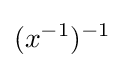
(x^{-1})^{-1}